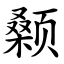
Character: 颡